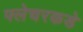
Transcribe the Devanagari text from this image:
फ्लेचरकडे